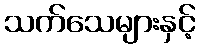
သက်သေများနှင့်